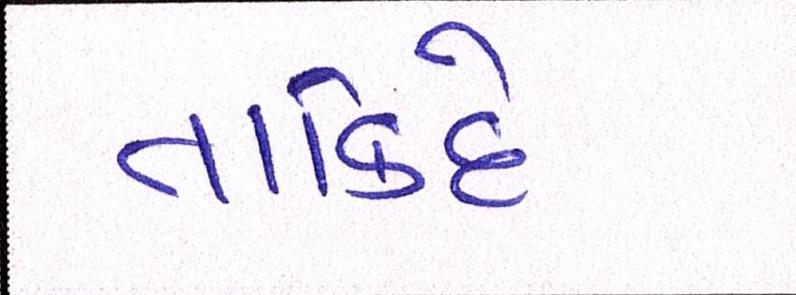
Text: તાકિદે